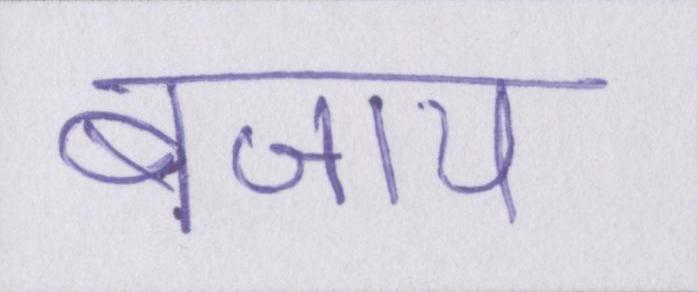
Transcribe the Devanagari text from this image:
बजाय